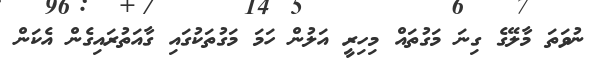
ނުވަތަ މާލޭގެ ގިނަ މަގުތައް މިހިރީ އަލުން ހަމަ މަގުތަކުގައި ގާއަތުރައިގެން އެކަން